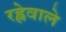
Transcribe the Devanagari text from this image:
रह्नेवाले